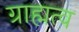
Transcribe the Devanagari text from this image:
ग्राह्मत्व